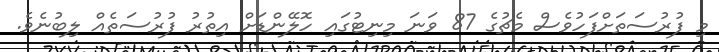
މި ފުރުސަތަށްފަހުވެސް މެޗުގެ 87 ވަނަ މިނިޓުގައި ހޮލޭންޑަށް އިތުރު ފުރުސަތެއް ލިބުނެވެ.